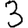
Digit: 3